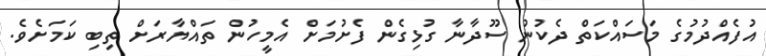
އުފެއްދުމުގެ މަސައްކަތް ދެކުނު ސޫދާނާ ގުޅިގެން ފެށުމަށް އެމީހުން ތައްޔާރަށް ތިބި ކަމަށެވެ.